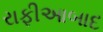
રાફીઆબાદ